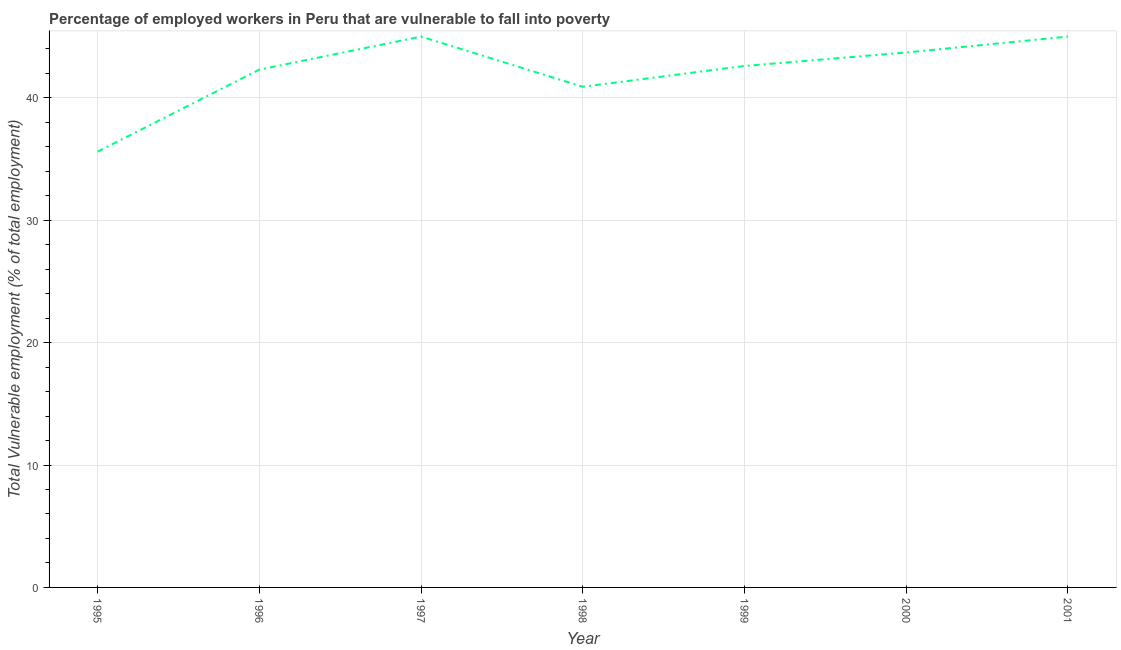
| Year | Vulnerable employment |
 | --- | --- |
 | 1995 | 35.6 |
 | 1996 | 42.3 |
 | 1997 | 45 |
 | 1998 | 40.9 |
 | 1999 | 42.6 |
 | 2000 | 43.7 |
 | 2001 | 45 |